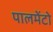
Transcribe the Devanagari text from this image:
पालमेंटो